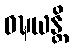
ဝဍ္ဎယန္တိ